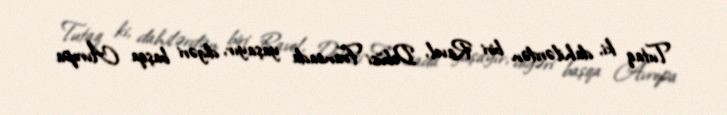
Tutaq ki, dahilərdən biri Ravel, Debüsi Fransada yaşayır, digəri başqa Avropa